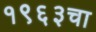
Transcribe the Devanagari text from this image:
१९६३चा